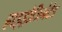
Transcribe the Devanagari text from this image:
हाइड्रोजिनेटेड